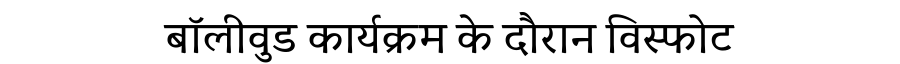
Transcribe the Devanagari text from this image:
बॉलीवुड कार्यक्रम के दौरान विस्फोट